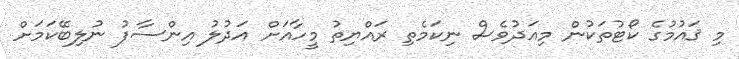
މި ޤައުމުގެ ކޯޓުތަކުން މިއަދުވެސް ނިކަމެތި ރައްޔިތު މީހާއަށް އަދުލު އިންސާފު ނުލިބޭކަމަށް